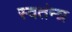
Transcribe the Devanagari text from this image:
स्वतंन्त्र